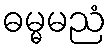
ဓမ္မမညံ